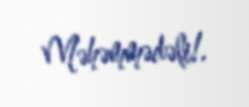
Məhəmmədəli!.